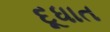
દૂધાત